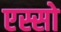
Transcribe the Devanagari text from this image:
एस्सो